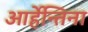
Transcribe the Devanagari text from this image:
आर्हेन्तिना